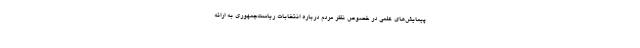
پیمایش‌های علمی در خصوص نظر مردم درباره انتخابات ریاست‌جمهوری به ارائه